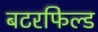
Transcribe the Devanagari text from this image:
बटरफिल्ड